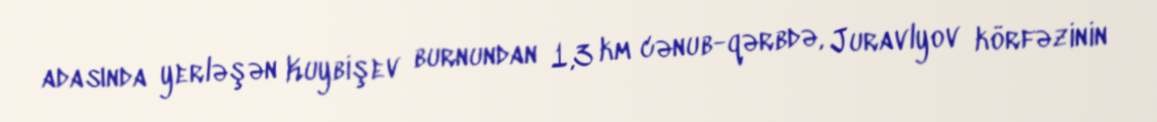
adasında yerləşən Kuybişev burnundan 1,3 km cənub-qərbdə, Juravlyov körfəzinin